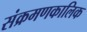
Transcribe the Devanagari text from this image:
संक्रमणकालिक